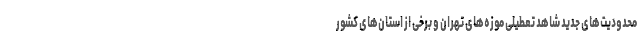
محدودیت‌های جدید شاهد تعطیلی موزه‌های تهران و برخی از استان‌های کشور